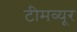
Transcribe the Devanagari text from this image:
टीमव्यूर